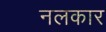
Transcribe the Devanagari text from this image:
नलकार